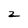
Character: 2